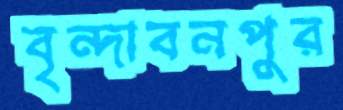
বৃন্দাবনপুর